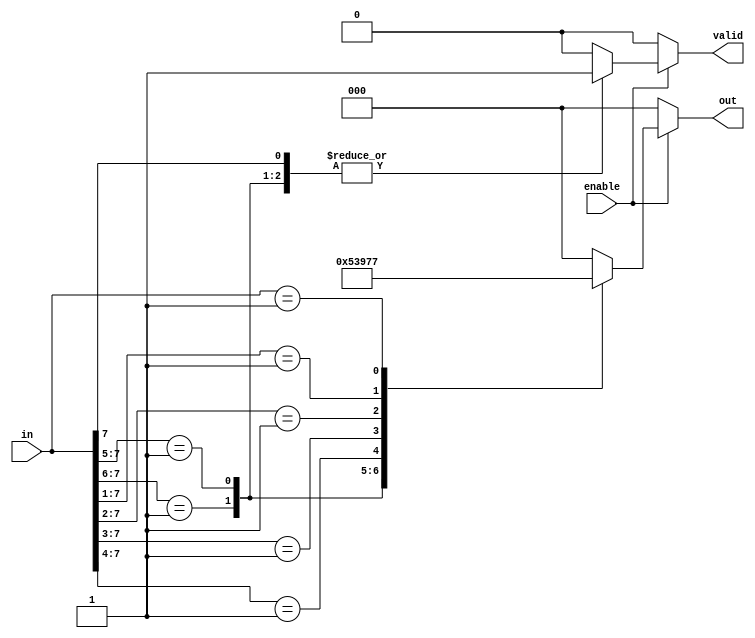
module MultilevelEncoder (
    input wire [7:0] in,       // 8 input lines
    input wire enable,          // Enable signal
    output reg [2:0] out,      // 3 output lines for encoding
    output reg valid           // Valid output signal
);

// Priority encoding logic
always @(*) begin
    if (!enable) begin
        out = 3'b000;          // Default output state when not enabled
        valid = 1'b0;         // Output is invalid
    end else begin
        casez (in)            // Use casez to handle don't care conditions
            8'b1???????: begin // Input 0 is highest priority
                out = 3'b000;  // Output for input 0
                valid = 1'b1;  // Output is valid
            end
            8'b01??????: begin // Input 1
                out = 3'b001;  // Output for input 1
                valid = 1'b1;  // Output is valid
            end
            8'b001?????: begin // Input 2
                out = 3'b010;  // Output for input 2
                valid = 1'b1;  // Output is valid
            end
            8'b0001????: begin // Input 3
                out = 3'b011;  // Output for input 3
                valid = 1'b1;  // Output is valid
            end
            8'b00001???: begin // Input 4
                out = 3'b100;  // Output for input 4
                valid = 1'b1;  // Output is valid
            end
            8'b000001??: begin // Input 5
                out = 3'b101;  // Output for input 5
                valid = 1'b1;  // Output is valid
            end
            8'b0000001?: begin // Input 6
                out = 3'b110;  // Output for input 6
                valid = 1'b1;  // Output is valid
            end
            8'b00000001: begin // Input 7
                out = 3'b111;  // Output for input 7
                valid = 1'b1;  // Output is valid
            end
            default: begin       // No valid input
                out = 3'b000;   // Default output
                valid = 1'b0;   // Output is invalid
            end
        endcase
    end
end

endmodule